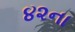
૪૨ના